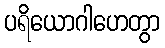
ပရိယောဂါဟေတွာ